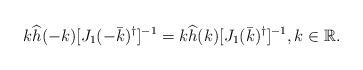
LaTeX: \begin{align*}k\widehat{h}(-k)[J_1(-\bar{k})^\dag]^{-1}=k\widehat{h}(k)[J_1(\bar{k})^\dag]^{-1},k\in \mathbb{R}.\end{align*}